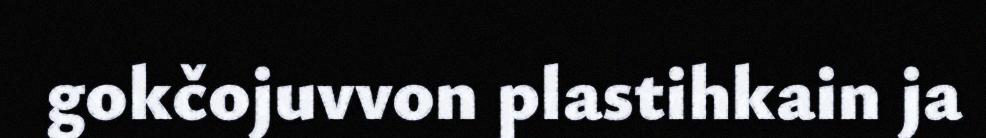
gokčojuvvon plastihkain ja